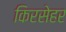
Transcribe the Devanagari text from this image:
किरसेहर